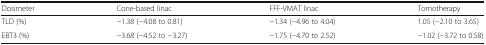
<table><thead><tr><td><b>Dosimeter</b></td><td><b>Cone-based linac</b></td><td><b>FFF-VMAT linac</b></td><td><b>Tomotherapy</b></td></tr></thead><tbody><tr><td>TLD (%)</td><td>−1.38 (−4.08 to 0.81)</td><td>−1.34 (−4.96 to 4.04)</td><td>1.05 (−2.10 to 3.65)</td></tr><tr><td>EBT3 (%)</td><td>−3.68 (−4.52 to −3.27)</td><td>−1.75 (−4.70 to 2.52)</td><td>−1.02 (−3.72 to 0.58)</td></tr></tbody></table>